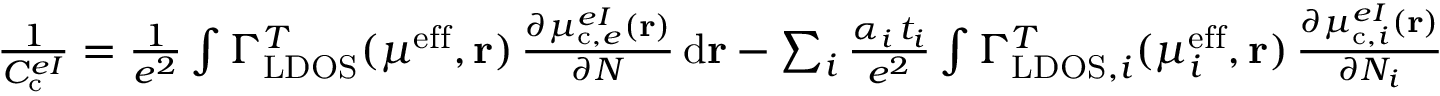
\begin{array} { r } { \frac { 1 } { C _ { \mathrm { c } } ^ { e I } } = \frac { 1 } { e ^ { 2 } } \int \Gamma _ { \mathrm { L D O S } } ^ { T } ( \mu ^ { \mathrm { e f f } } , \mathbf { r } ) \, \frac { \partial \mu _ { \mathrm { c } , e } ^ { e I } ( \mathbf { r } ) } { \partial N } \, \mathrm { d } \mathbf { r } - \sum _ { i } \frac { \alpha _ { i } \, t _ { i } } { e ^ { 2 } } \int \Gamma _ { \mathrm { L D O S } , i } ^ { T } ( \mu _ { i } ^ { \mathrm { e f f } } , \mathbf { r } ) \, \frac { \partial \mu _ { \mathrm { c } , i } ^ { e I } ( \mathbf { r } ) } { \partial N _ { i } } \, \mathrm { d } \mathbf { r } } \end{array}